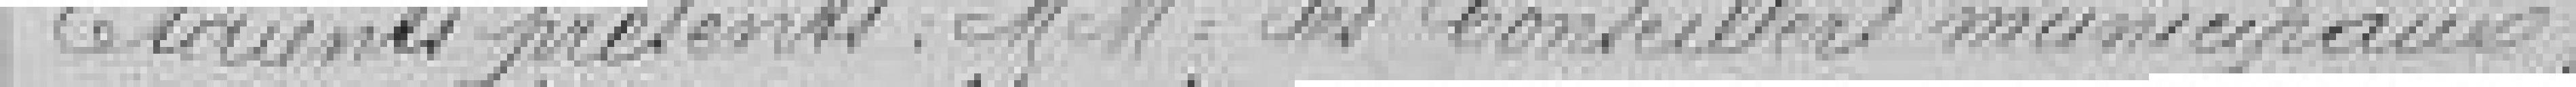
Etaient présents, Messieurs Mesdames les Conseillers municipaux